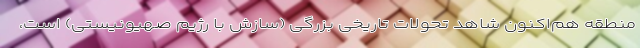
منطقه هم‌اکنون شاهد تحولات تاریخی بزرگی (سازش با رژیم صهیونیستی) است،